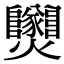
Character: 𤓫